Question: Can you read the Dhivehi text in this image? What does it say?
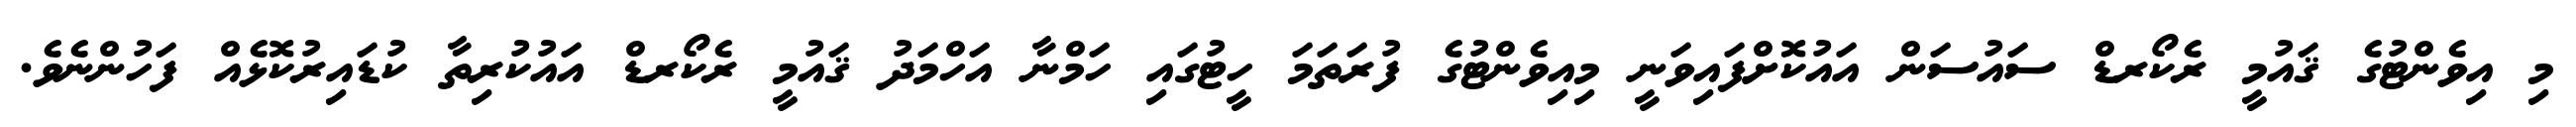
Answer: މި އިވެންޓުގެ ޤައުމީ ރެކޯރޑް ސައުސަން އައުކޮށްފައިވަނީ މިއިވެންޓުގެ ފުރަތަމަ ހީޓުގައި ހަމްނާ އަހްމަދު ޤައުމީ ރެކޯރޑް އައުކުރިތާ ކުޑައިރުކޮޅެއް ފަހުންނެވެ.